Indian journal of veterinary science and animal husbandry - Volume 8,
Year: 1938
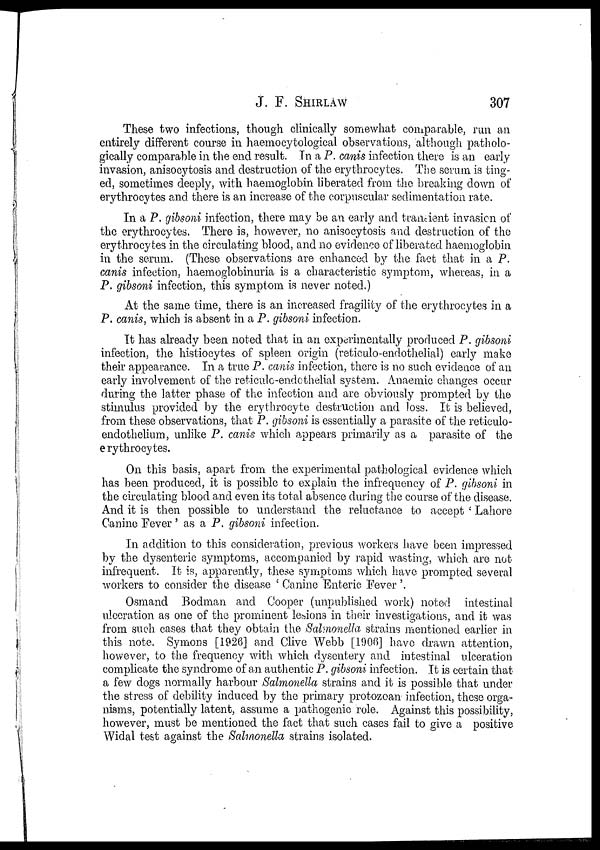
J. F.
SHIRLAW
307
These two infections, though clinically somewhat comparable, run an
entirely different course in haemocytological observations, although patholo-
gically comparable in the end result. In a P. canis infection there is an early
invasion, anisocytosis and destruction of the erythrocytes. The serum is ting-
ed, sometimes deeply, with haemoglobin liberated from the breaking down of
erythrocytes and there is an increase of the corpuscular sedimentation rate.
In a P. gibsoni infection, there may be an early and transient invasion of
the erythrocytes. There is, however, no anisocytosis and destruction of the
erythrocytes in the circulating blood, and no evidence of liberated haemoglobin
in the serum. (These observations are enhanced by the fact that in a P.
canis infection, haemoglobinuria is a characteristic symptom, whereas, in a
P. gibsoni infection, this symptom is never noted.)
At the same time, there is an increased fragility of the erythrocytes in a
P. canis, which is absent in a P. gibsoni infection.
It has already been noted that in an experimentally produced P. gibsoni
infection, the histiocytes of spleen origin (reticulo-endothelial) early make
their appearance. In a true P. canis infection, there is no such evidence of an
early involvement of the reticulo-endothelial system. Anaemic changes occur
during the latter phase of the infection and are obviously prompted by the
stimulus provided by the erythrocyte destruction and loss. It is believed,
from these observations, that P. gibsoni is essentially a parasite of the reticulo-
endothelium, unlike P. canis which appears primarily as a parasite of the
erythrocytes.
On this basis, apart from the experimental pathological evidence which
has been produced, it is possible to explain the infrequency of P. gibsoni in
the circulating blood and even its total absence during the course of the disease.
And it is then possible to understand the reluctance to accept ' Lahore
Canine Fever' as a P. gibsoni infection.
In addition to this consideration, previous workers have been impressed
by the dysenteric symptoms, accompanied by rapid wasting, which, are not
infrequent. It is, apparently, these symptoms which have prompted several
workers to consider the disease ' Canine Enteric Fever'.
Osmand Bodman and Cooper (unpublished work) noted intestinal
ulceration as one of the prominent lesions in their investigations, and it was
from such cases that they obtain the Salmonella strains mentioned earlier in
this note. Symons [1926] and Clive Webb [1906] have drawn attention,
however, to the frequency with which dysentery and intestinal ulceration
complicate the syndrome of an authentic P. gibsoni infection. It is certain that
a few dogs normally harbour Salmonella strains and it is possible that under
the stress of debility induced by the primary protozoan infection, these orga-
nisms, potentially latent, assume a pathogenic role. Against this possibility,
however, must be mentioned the fact that such cases fail to give a positive
Widal test against the Salmonella strains isolated.